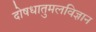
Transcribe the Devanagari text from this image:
दोषधातुमलविज्ञान